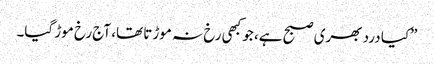
”کیا درد بھری صبح ہے، جو کبھی رخ نہ موڑتا تھا، آج رخ موڑ گیا۔